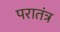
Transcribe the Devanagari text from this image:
परातंत्र